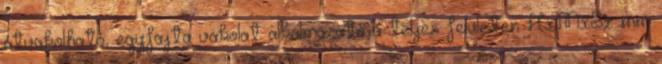
átvakolható, egyfajta vakolat alkalmazató a teljes felületen HxMxSz mm